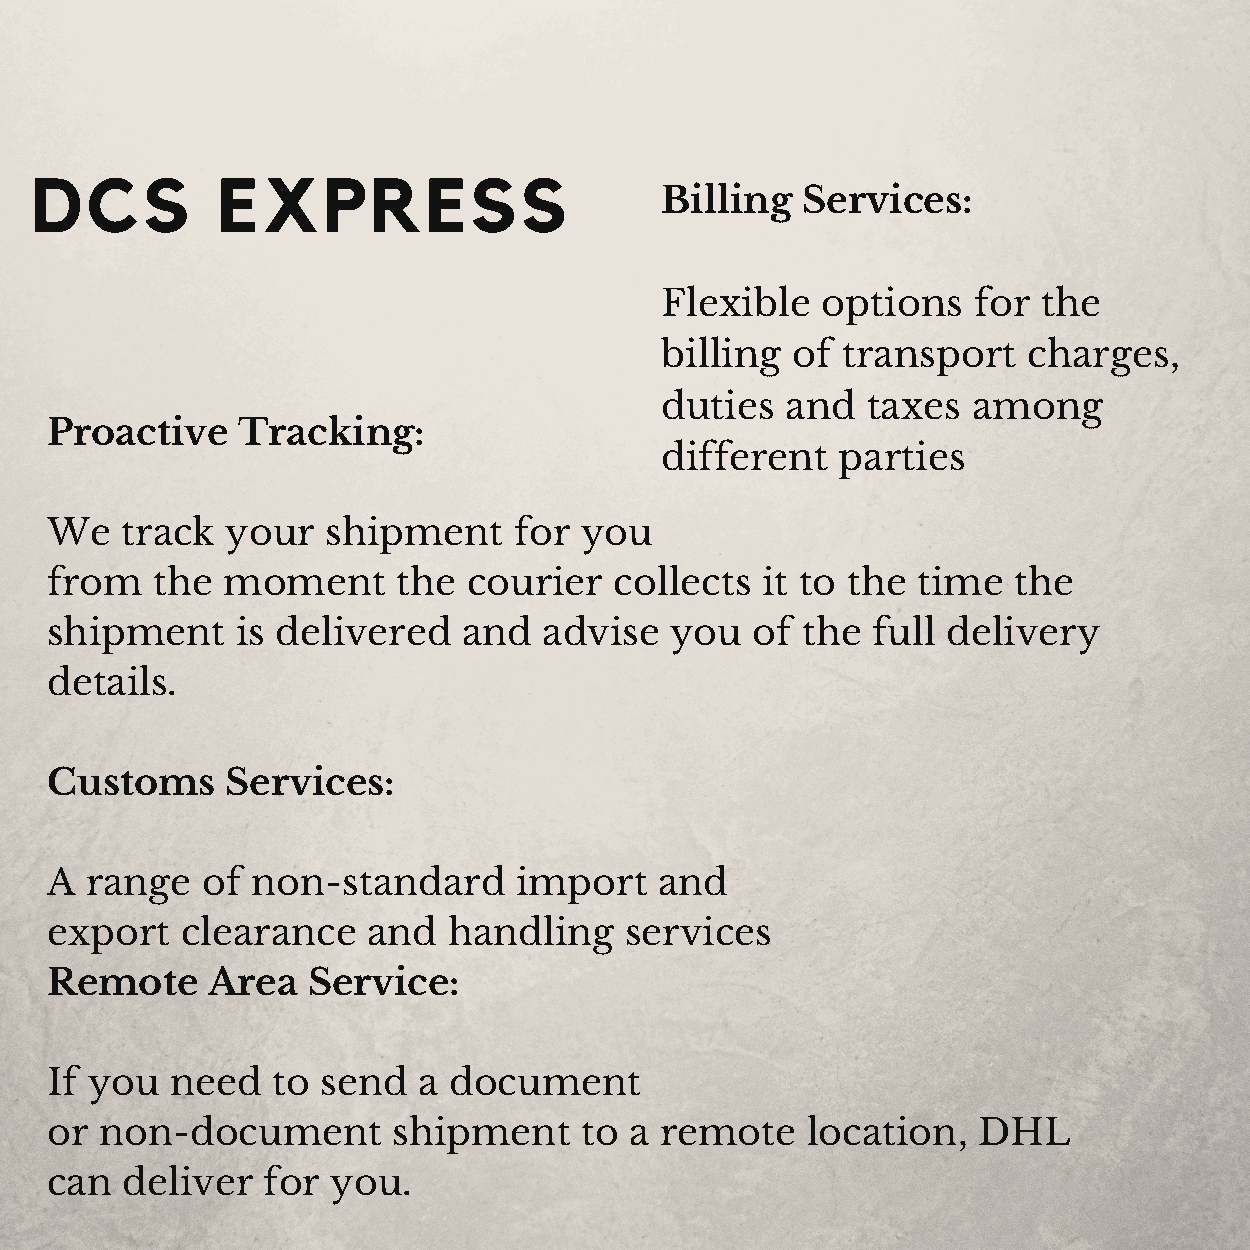
DCS         EXPRESS
 Billing  Services:
 Flexible  options   for  the
 billing of  transport   charges,
 duties  and  taxes  among
 Proactive    Tracking:
 different  parties
 We   track  your   shipment    for you
 from   the  moment     the  courier   collects it to the  time  the
 shipment     is delivered   and  advise  you   of the  full delivery
 details.
 Customs     Services:
 A  range  of  non-standard     import    and
 export   clearance   and   handling   services
 Remote     Area  Service:
 If you  need   to send   a document
 or  non-document       shipment    to  a remote   location,   DHL
 can  deliver  for  you.